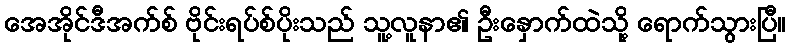
အေအိုင်ဒီအက်စ် ဗိုင်းရပ်စ်ပိုးသည် သူ့လူနာ၏ ဦးနှောက်ထဲသို့ ရောက်သွားပြီ။